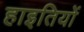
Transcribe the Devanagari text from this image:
हाइतियों